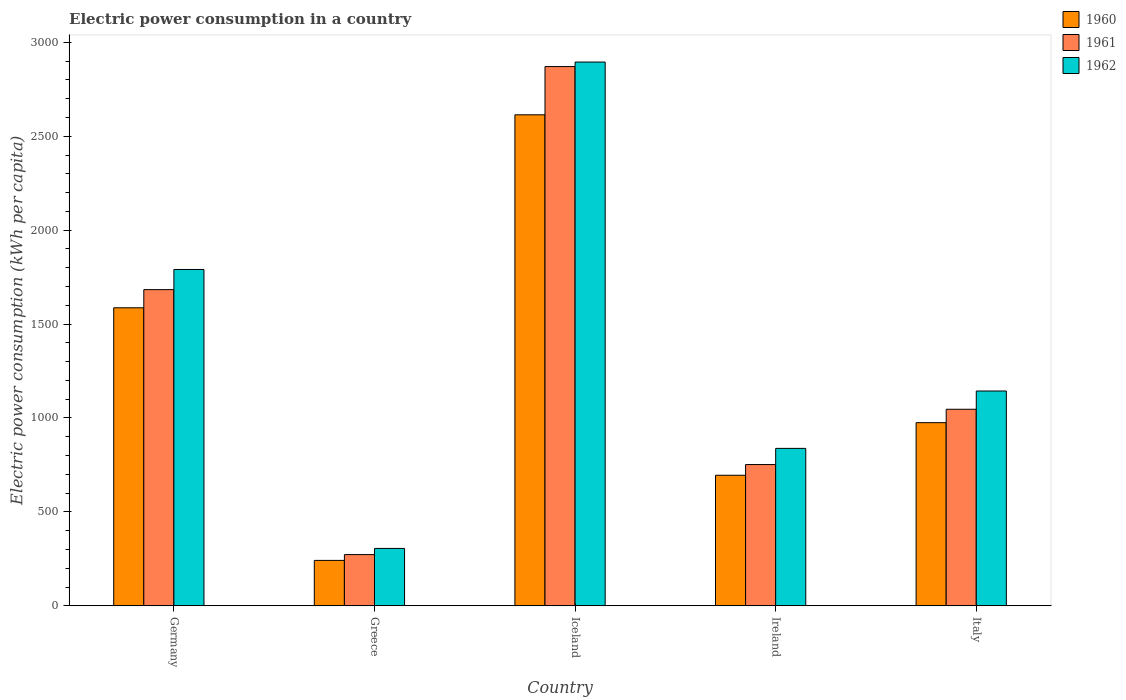
| Country | 1960 | 1961 | 1962 |
 | --- | --- | --- | --- |
 | Germany | 1.59e+03 | 1.68e+03 | 1.79e+03 |
 | Greece | 242 | 273 | 305 |
 | Iceland | 2.61e+03 | 2.87e+03 | 2.9e+03 |
 | Ireland | 695 | 752 | 838 |
 | Italy | 975 | 1.05e+03 | 1.14e+03 |